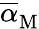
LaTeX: \overline{{\alpha}}_{\mathrm{M}}^{}